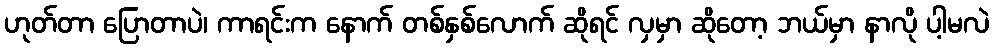
ဟုတ်တာ ပြောတာပဲ၊ ကာရင်းက နောက် တစ်နှစ်လောက် ဆိုရင် လှမှာ ဆိုတော့ ဘယ်မှာ နာလို ပါ့မလဲ